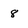
Character: 8